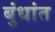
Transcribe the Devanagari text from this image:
बुंधांत